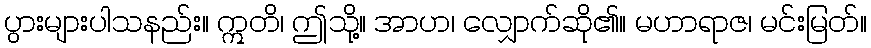
ပွားများပါသနည်း။ ဣတိ၊ ဤသို့။ အာဟ၊ လျှောက်ဆို၏။ မဟာရာဇ၊ မင်းမြတ်။